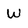
Character: W